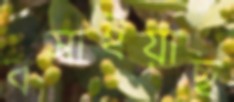
বসাইয়াছ